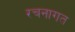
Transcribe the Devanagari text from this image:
रचनागत